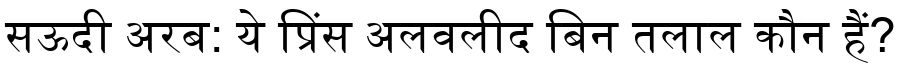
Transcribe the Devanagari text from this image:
सऊदी अरब: ये प्रिंस अलवलीद बिन तलाल कौन हैं?